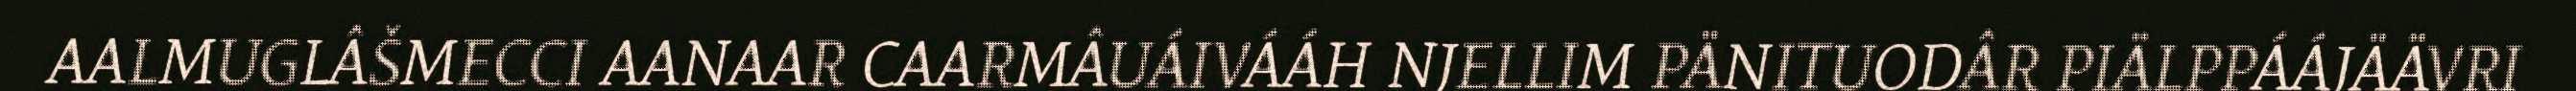
AALMUGLÂŠMECCI AANAAR CAARMÂUÁIVÁÁH NJELLIM PÄNITUODÂR PIÄLPPÁÁJÄÄVRI